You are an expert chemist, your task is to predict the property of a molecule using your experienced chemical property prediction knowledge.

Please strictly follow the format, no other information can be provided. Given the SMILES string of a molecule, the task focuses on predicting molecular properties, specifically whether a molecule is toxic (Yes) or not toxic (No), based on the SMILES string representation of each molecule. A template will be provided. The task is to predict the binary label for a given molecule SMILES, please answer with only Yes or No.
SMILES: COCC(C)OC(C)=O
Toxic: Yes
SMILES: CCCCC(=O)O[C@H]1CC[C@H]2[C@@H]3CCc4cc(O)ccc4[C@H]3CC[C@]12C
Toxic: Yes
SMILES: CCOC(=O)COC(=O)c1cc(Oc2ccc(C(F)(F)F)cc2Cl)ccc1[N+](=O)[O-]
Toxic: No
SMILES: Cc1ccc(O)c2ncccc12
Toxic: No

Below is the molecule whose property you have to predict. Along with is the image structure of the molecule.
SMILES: CCOP(=S)(OCC)SCSc1ccc(Cl)cc1
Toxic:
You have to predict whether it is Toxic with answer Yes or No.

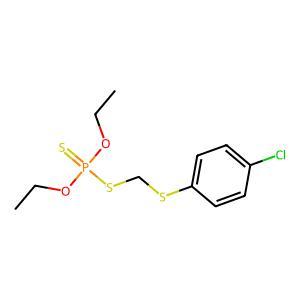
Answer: No